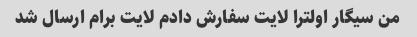
من سیگار اولترا لایت سفارش دادم لایت برام ارسال شد